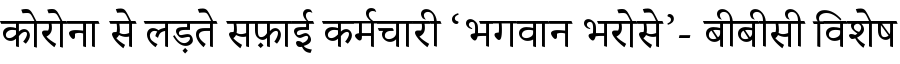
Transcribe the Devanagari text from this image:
कोरोना से लड़ते सफ़ाई कर्मचारी ‘भगवान भरोसे’- बीबीसी विशेष